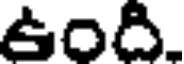
ఉంది.